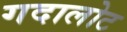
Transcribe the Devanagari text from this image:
गदालोट